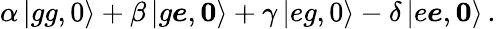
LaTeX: \alpha\left|gg,0\right\rangle+\beta\left|g\boldsymbol e,\boldsymbol{0}\right\rangle+\gamma\left|eg,0\right\rangle-\delta\left|e\boldsymbol e,\boldsymbol{0}\right\rangle\, .